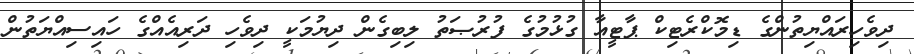
ދިވެހިރައްޔިތުންގެ ޑިމޮކްރެޓިކް ޕާޓީއާ ގުޅުމުގެ ފުރުޞަތު ލިބިގެން ދިޔުމަކީ ދިވެހި ދަރިއެއްގެ ހައިސިއްޔަތުން